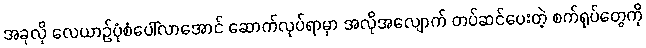
အခုလို လေယာဉ်ပုံစံပေါ်လာအောင် ဆောက်လုပ်ရာမှာ အလိုအလျောက် တပ်ဆင်ပေးတဲ့ စက်ရုပ်တွေကို